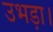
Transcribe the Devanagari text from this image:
उभड़ा।